Annual administration report of the Civil Veterinary Department, Sind - 1940-1941
Year: 1940
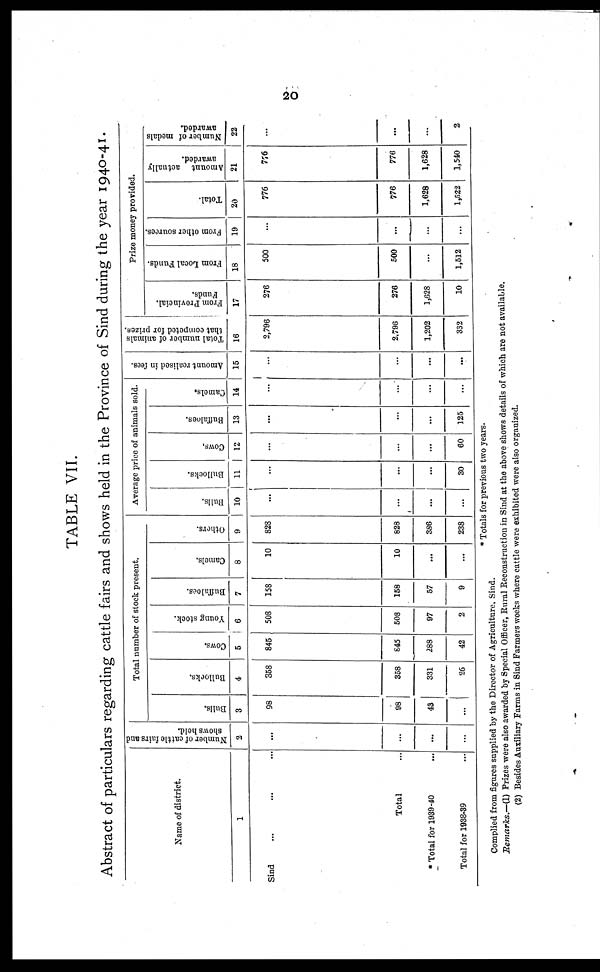
20
TABLE VII.
Abstract of particulars regarding cattle fairs and shows held in the Province of Sind during the year 1940-41.
Name of district.
1
Sind ... ... ...
Total ...
*Total for 1939-40 ...
Total for 1938-39 ...
Number of cattle fairs and
shows held.
2
...
...
...
...
Total number of stock present.
Bulls.
3
98
98
43
...
Bullocks.
4
358
358
331
26
Cows.
5
845
845
288
42
Young stock.
6
508
508
97
2
Buffaloes.
7
158
158
57
9
Camels.
8
10
10
...
...
Others.
9
828
823
386
238
Average price of animals sold.
Bulls.
10
...
...
...
...
Bullocks.
11
...
...
...
30
Cows.
12
...
...
...
60
Buffaloes.
13
...
...
...
125
Camels.
14
...
...
...
...
Amount realised in fees.
15
..
...
...
...
Total number of animals
that competed for prizes.
16
2,796
2,796
1,202
332
Prize money provided.
From Provincial.
Funds.
17
276
276
1,628
10
From Local Funds.
18
500
500
...
1,512
From other sources.
19
...
...
...
...
Total.
20
776
776
1,628
1,522
Amount actually
awarded.
21
776
776
1,628
1,540
Number of medals
awarded.
22
...
...
...
2
* Totals for previous two years.
Complied from figures supplied by the Director of Agriculture, Sind.
Remarks.—(1) Prizes were also awarded by Special Officer, Rural Reconstruction in Sind at the above shows details of which are not available.
(2) Besides Auxiliary Farms in Sind Farmers weeks where cattle were exhibited were also organized.